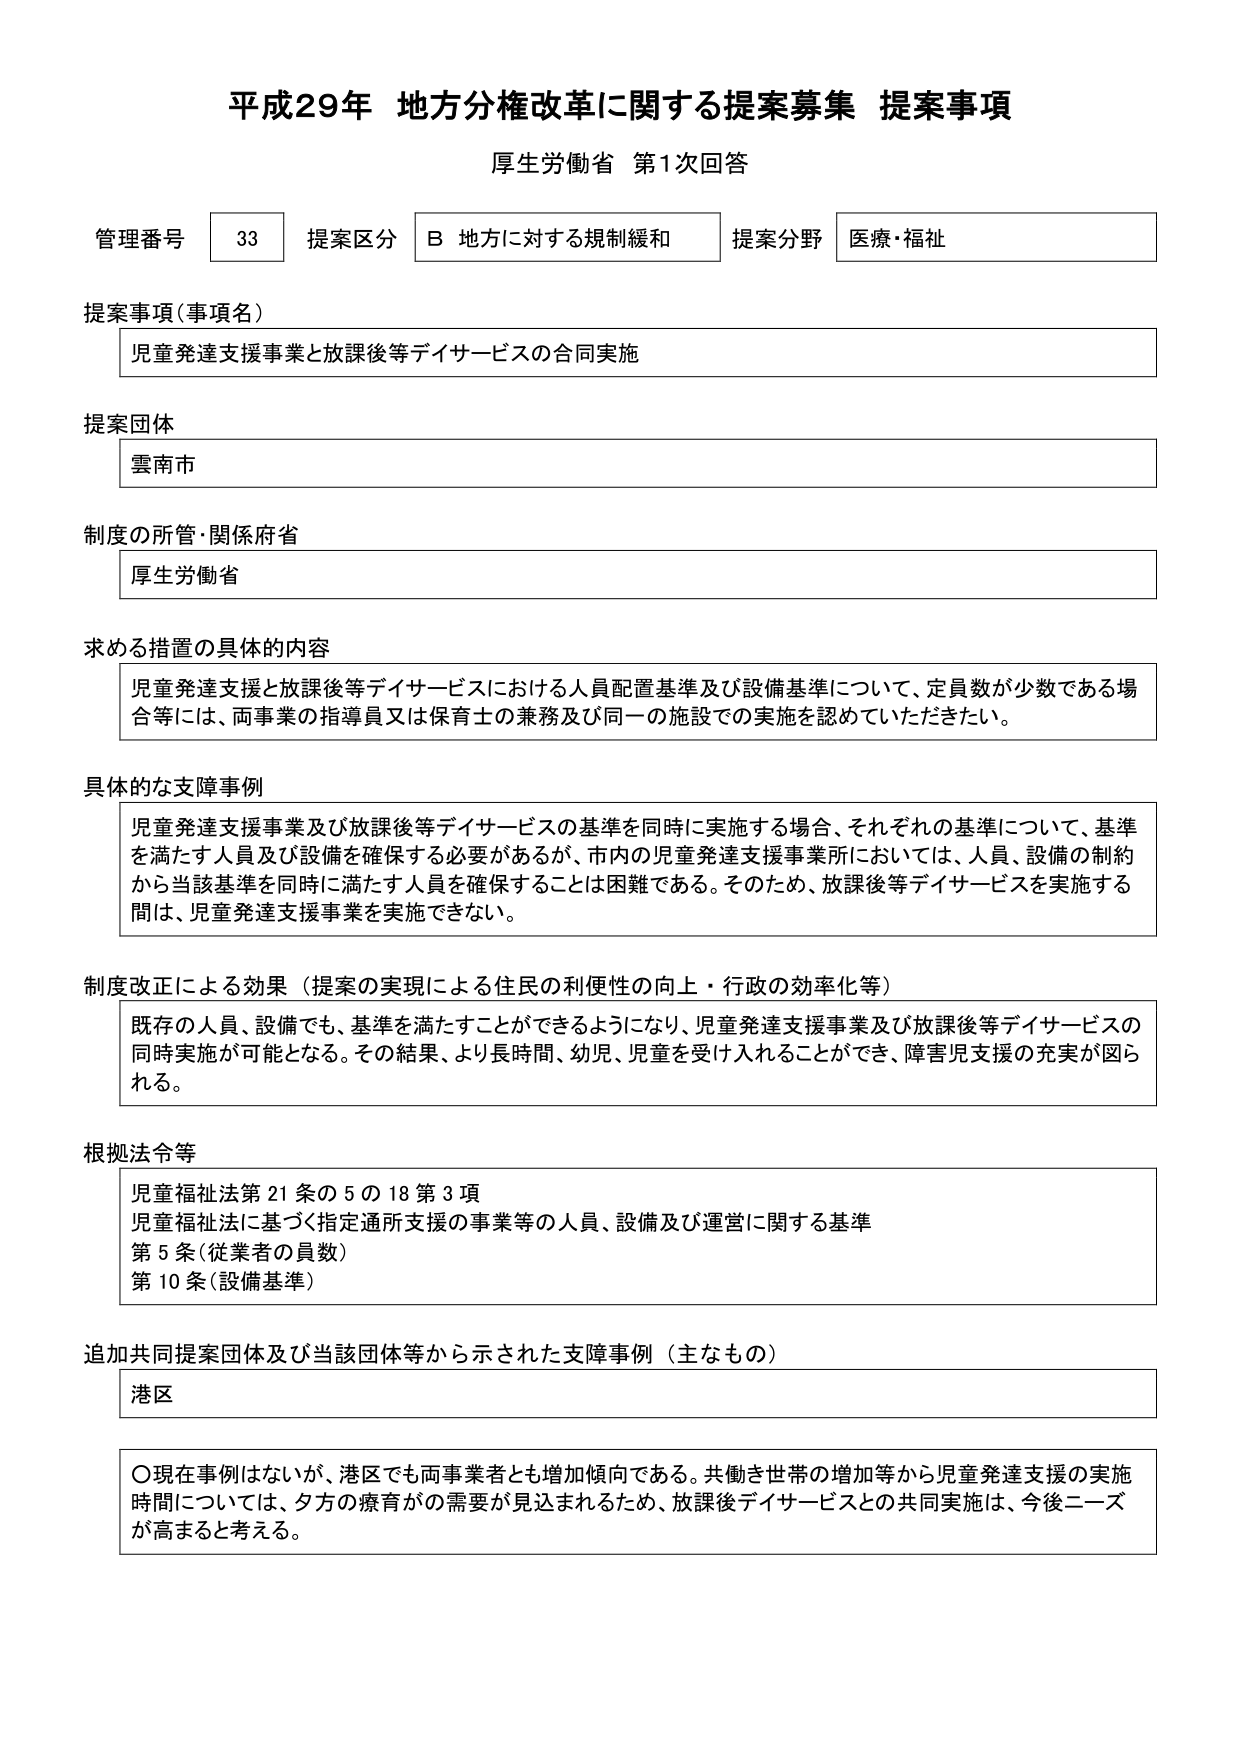
平成29年 地方分権改革に関する提案募集 提案事項
厚生労働省 第1次回答

管理番号 33 提案区分 B 地方に対する規制緩和 提案分野 医療・福祉

提案事項（事項名）
児童発達支援事業と放課後等デイサービスの合同実施

提案団体
雲南市

制度の所管・関係府省
厚生労働省

求める措置の具体的内容
児童発達支援と放課後等デイサービスにおける人員配置基準及び設備基準について、定員数が少数である場合等には、両事業の指導員又は保育士の兼務及び同一の施設での実施を認めていただきたい。

具体的な支障事例
児童発達支援事業及び放課後等デイサービスの基準を同時に実施する場合、それぞれの基準について、基準を満たす人員及び設備を確保する必要があるが、市内の児童発達支援事業所においては、人員、設備の制約から当該基準を同時に満たす人員を確保することは困難である。そのため、放課後等デイサービスを実施する間は、児童発達支援事業を実施できない。

制度改正による効果（提案の実現による住民の利便性の向上・行政の効率化等）
既存の人員、設備でも、基準を満たすことができるようになり、児童発達支援事業及び放課後等デイサービスの同時実施が可能となる。その結果、より長時間、幼児、児童を受け入れることができ、障害児支援の充実が図られる。

根拠法令等
児童福祉法第21条の5の18第3項
児童福祉法に基づく指定通所支援の事業等の人員、設備及び運営に関する基準
第5条（従業者の員数）
第10条（設備基準）

追加共同提案団体及び当該団体等から示された支障事例（主なもの）
港区

〇現在事例はないが、港区でも両事業者とも増加傾向である。共働き世帯の増加等から児童発達支援の実施時間については、夕方の療育がの需要が見込まれるため、放課後デイサービスとの共同実施は、今後ニーズが高まると考える。